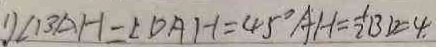
1 ) \angle B A H = \angle D A H = 4 5 ^ { \circ } A H = \frac { 1 } { 2 } B D = 4 .